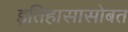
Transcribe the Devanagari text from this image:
इतिहासासोबत